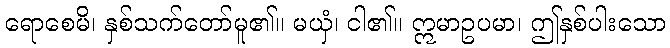
ရောစေမိ၊ နှစ်သက်တော်မူ၏။ မယှံ၊ ငါ၏။ ဣမာဥပမာ၊ ဤနှစ်ပါးသော